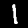
Digit: 1